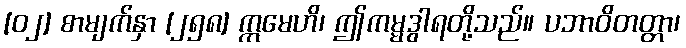
[၀၂] စာမျက်နှာ [၂၅၈] ဣမေဟိ၊ ဤကမ္မဒွါရတို့သည်။ ပဘာဝိတတ္တာ၊